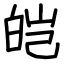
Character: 皑